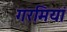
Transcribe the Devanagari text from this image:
गरमियां